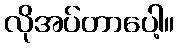
လိုအပ်တာပေါ့။